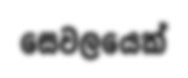
සෙවලයෙක්